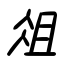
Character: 俎